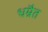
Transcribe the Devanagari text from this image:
धम्रैत